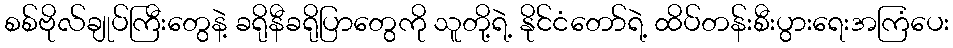
စစ်ဗိုလ်ချုပ်ကြီးတွေနဲ့ ခရိုနီခရိုပြာတွေကို သူတို့ရဲ့ နိုင်ငံတော်ရဲ့ ထိပ်တန်းစီးပွားရေးအကြံပေး